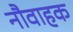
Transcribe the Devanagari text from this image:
नौवाहक